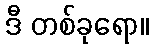
ဒီ တစ်ခုရော။